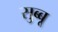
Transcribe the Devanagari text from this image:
सुब्बू